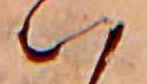
は